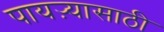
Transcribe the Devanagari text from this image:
पायऱ्यासाठी